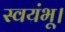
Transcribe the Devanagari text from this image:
स्वयंभू।